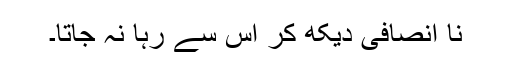
نا انصافی دیکھ کر اس سے رہا نہ جاتا۔